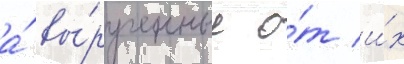
а́ вы́рученные о́т и́х